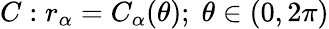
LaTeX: C:r_{\alpha}=C_{\alpha}(\theta);\; \theta\in(0,2\pi)